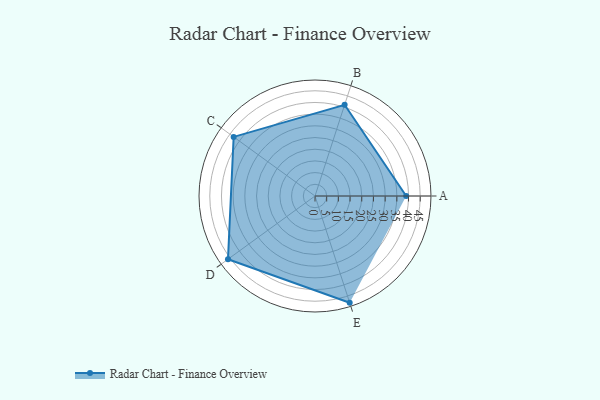
{"axis": {"x": "Skill", "y": "Score"}, "legend": ["Profile"], "data": [{"x": "A", "y": 39.0, "type": "Profile"}, {"x": "B", "y": 41.0, "type": "Profile"}, {"x": "C", "y": 43.0, "type": "Profile"}, {"x": "D", "y": 46.0, "type": "Profile"}, {"x": "E", "y": 48.0, "type": "Profile"}]}